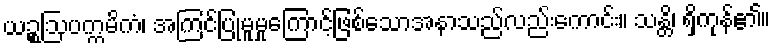
ယဉ္စဩပက္ကမိကံ၊ အကြင်ပြုမူမှုကြောင့်ဖြစ်သောအနာသည်လည်းကောင်း။ သန္တိ၊ ရှိကုန်၏။